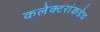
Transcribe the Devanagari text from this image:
कलेक्टरांकडेच